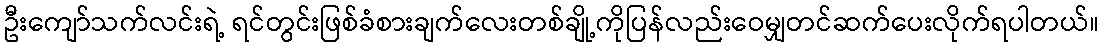
ဦးကျော်သက်လင်းရဲ့ ရင်တွင်းဖြစ်ခံစားချက်လေးတစ်ချို့ကိုပြန်လည်းဝေမျှတင်ဆက်ပေးလိုက်ရပါတယ်။